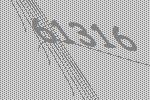
61316